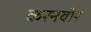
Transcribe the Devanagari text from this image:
करनवीर